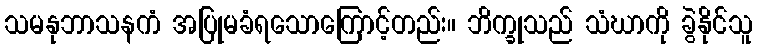
သမနုဘာသနကံ အပြုမခံရသောကြောင့်တည်း။ ဘိက္ခုသည် သံဃာကို ခွဲနိုင်သူ